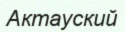
Актауский